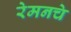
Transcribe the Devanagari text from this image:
रेमनचे